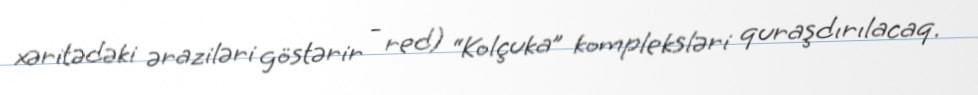
xəritədəki əraziləri göstərir - red) “Kolçuka” kompleksləri quraşdırılacaq.